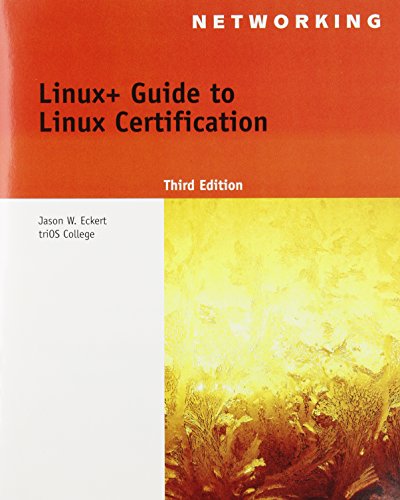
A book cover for Linux+ Guide to Linux Certification (Test Preparation); Jason W. Eckert; Computers & Technology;